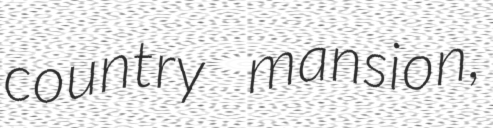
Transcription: country mansion,